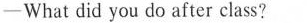
──What did you do after class?